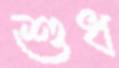
শুধ